Code of medical and sanitary regulations for the guidance of medical officers serving in the Madras Presidency - Volume II
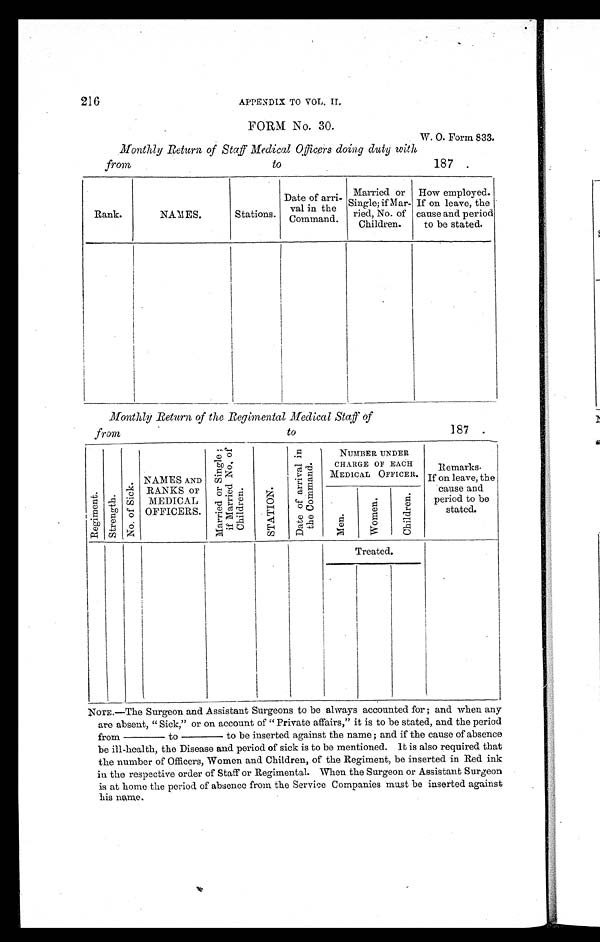
216
APPENDIX TO VOL. II.
FORM No. 30.
W. O. Form 833.
Monthly Return of Staff Medical Officers doing duty with
from to
187 .
Rank.
NAMES.
Stations.
Date of arri-
val in the
Command.
Married or
Single; if Mar-
ried, No. of
Children.
How employed.
If on leave, the
cause and period
to be stated.
Monthly Return of the Regimental Medical Staff of
from to
187 .
R e g i m e n t . S t r e n g t h .
N o . o f S i c k .
NAMES AND
RANKS OF
MEDICAL
OFFICERS.
M a r r i e d o r S i n g l e ;
i f M a r r i e d N o . o fC
h i l d r e n .
S T A T I O N .
D a t e o f a r r i v a l i n
t h e C o m m a n d .
NUMBER UNDER
CHARGE OF EACH
MEDICAL OFFICER.
Remarks.
If on leave, the
cause and
period to be
stated.
M e n .
W o m e n .
C h i l d r e n .
Treated.
N O T E . — T h e S u r g e o n a n d A s s i s t a n t S u r g e o n s t o b e a l w a y s a c c o u n t e d f o r ; a n d w h e n a n y
are absent, "Sick," or on account of "Private affairs," it is to be stated, and the period
from _______ to _______ to be inserted against the name ; and if the cause of absence
be ill-health, the Disease and period of sick is to be mentioned. It is also required that
the number of Officers, Women and Children, of the Regiment, be inserted in Red ink
in the respective order of Staff or Regimental. When the Surgeon or Assistant Surgeon
is at home the period of absence from the Service Companies must be inserted against
h is name.